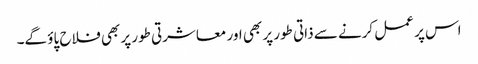
اس پر عمل کرنے سے ذاتی طور پر بھی اور معاشرتی طور پر بھی فلاح پاؤ گے۔